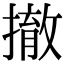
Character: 撤